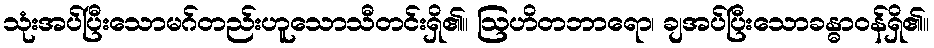
သုံးအပ်ပြီးသောမဂ်တည်းဟူသောသီတင်းရှိ၏။ ဩဟိတဘာရော၊ ချအပ်ပြီးသောခန္ဓာဝန်ရှိ၏။